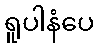
ရူပါနံပေ